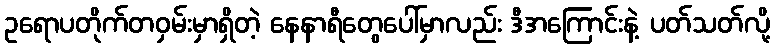
ဥရောပတိုက်တဝှမ်းမှာရှိတဲ့ နေနာရီတွေပေါ်မှာလည်း ဒီအကြောင်းနဲ့ ပတ်သတ်လို့